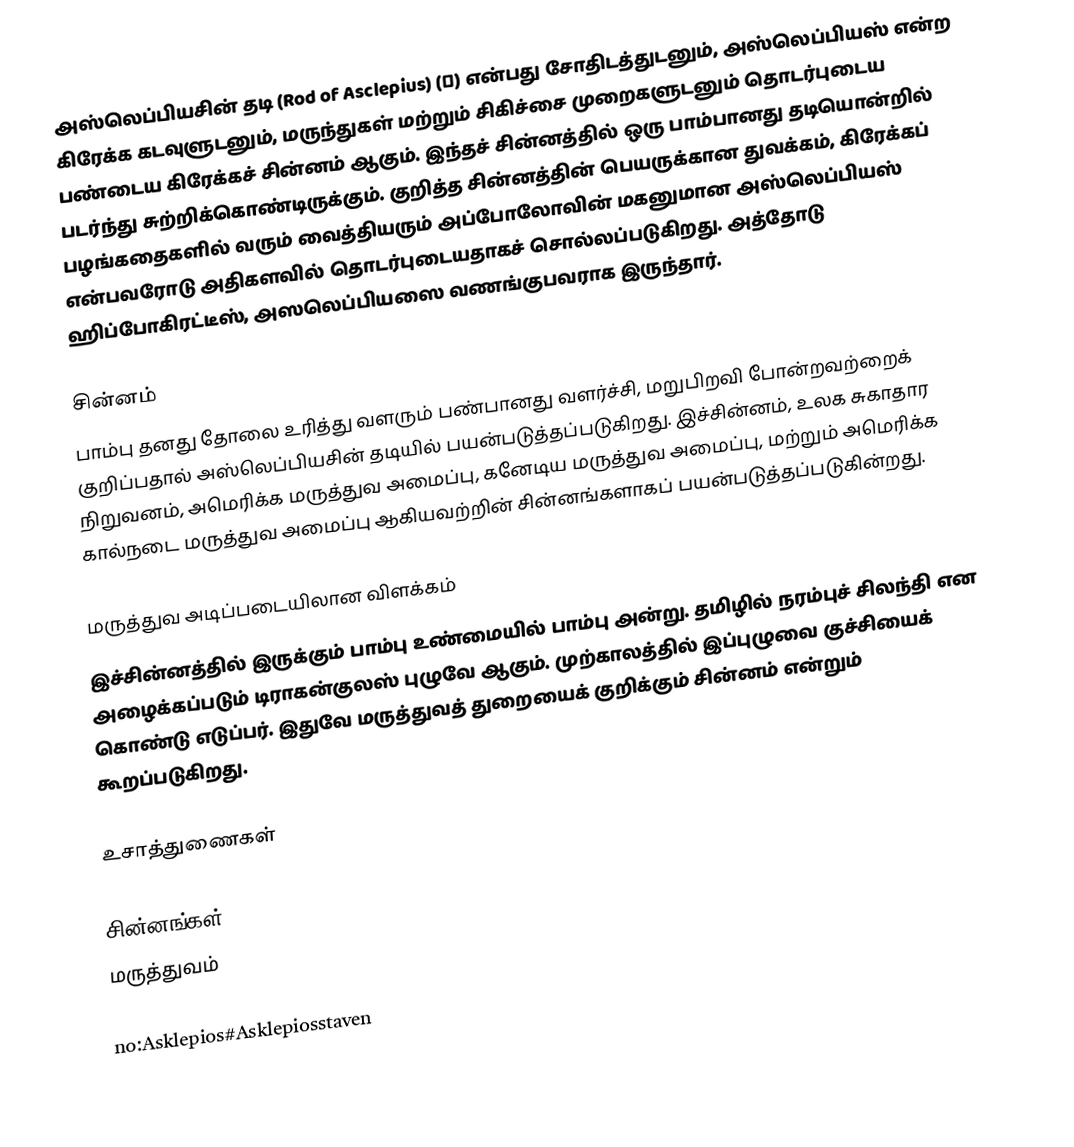
அஸ்லெப்பியசின் தடி (Rod of Asclepius) (⚕) என்பது சோதிடத்துடனும், அஸ்லெப்பியஸ் என்ற கிரேக்க கடவுளுடனும், மருந்துகள் மற்றும் சிகிச்சை முறைகளுடனும் தொடர்புடைய பண்டைய கிரேக்கச் சின்னம் ஆகும். இந்தச் சின்னத்தில் ஒரு பாம்பானது தடியொன்றில் படர்ந்து சுற்றிக்கொண்டிருக்கும். குறித்த சின்னத்தின் பெயருக்கான துவக்கம், கிரேக்கப் பழங்கதைகளில் வரும் வைத்தியரும் அப்போலோவின் மகனுமான அஸ்லெப்பியஸ் என்பவரோடு அதிகளவில் தொடர்புடையதாகச் சொல்லப்படுகிறது. அத்தோடு ஹிப்போகிரட்டீஸ், அஸலெப்பியஸை வணங்குபவராக இருந்தார்.

சின்னம்
பாம்பு தனது தோலை உரித்து வளரும் பண்பானது வளர்ச்சி, மறுபிறவி போன்றவற்றைக் குறிப்பதால் அஸ்லெப்பியசின் தடியில் பயன்படுத்தப்படுகிறது. இச்சின்னம், உலக சுகாதார நிறுவனம், அமெரிக்க மருத்துவ அமைப்பு, கனேடிய மருத்துவ அமைப்பு, மற்றும் அமெரிக்க கால்நடை மருத்துவ அமைப்பு ஆகியவற்றின் சின்னங்களாகப் பயன்படுத்தப்படுகின்றது.

மருத்துவ அடிப்படையிலான விளக்கம்
இச்சின்னத்தில் இருக்கும் பாம்பு உண்மையில் பாம்பு அன்று. தமிழில் நரம்புச் சிலந்தி என அழைக்கப்படும் டிராகன்குலஸ் புழுவே ஆகும். முற்காலத்தில் இப்புழுவை குச்சியைக் கொண்டு எடுப்பர். இதுவே மருத்துவத் துறையைக் குறிக்கும் சின்னம் என்றும் கூறப்படுகிறது.

உசாத்துணைகள்

சின்னங்கள்
மருத்துவம்

no:Asklepios#Asklepiosstaven